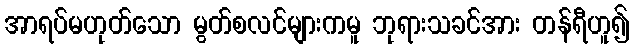
အာရပ်မဟုတ်သော မွတ်စလင်များကမူ ဘုရားသခင်အား တန်ရီဟူ၍